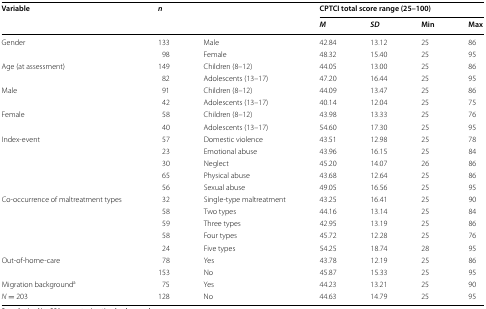
| <ROWSPAN=2> Variable | <ROWSPAN=2> n | <ROWSPAN=2>  | <COLSPAN=4> CPTCI total score range (25–100) |
 | M | SD | Min | Max |
 | --- | --- | --- | --- | --- | --- | --- |
 | Gender | 133 | Male | 42.84 | 13.12 | 25 | 86 |
 |  | 98 | Female | 48.32 | 15.40 | 25 | 95 |
 | Age (at assessment) | 149 | Children (8–12) | 44.05 | 13.00 | 25 | 86 |
 |  | 82 | Adolescents (13–17) | 47.20 | 16.44 | 25 | 95 |
 | Male | 91 | Children (8–12) | 44.09 | 13.47 | 25 | 86 |
 |  | 42 | Adolescents (13–17) | 40.14 | 12.04 | 25 | 75 |
 | Female | 58 | Children (8–12) | 43.98 | 13.33 | 25 | 76 |
 |  | 40 | Adolescents (13–17) | 54.60 | 17.30 | 25 | 95 |
 | Index-event | 57 | Domestic violence | 43.51 | 12.98 | 25 | 78 |
 |  | 23 | Emotional abuse | 43.96 | 16.15 | 25 | 84 |
 |  | 30 | Neglect | 45.20 | 14.07 | 26 | 86 |
 |  | 65 | Physical abuse | 43.68 | 12.64 | 25 | 86 |
 |  | 56 | Sexual abuse | 49.05 | 16.56 | 25 | 95 |
 | <ROWSPAN=5> Co-occurrence of maltreatment types | 32 | Single-type maltreatment | 43.25 | 16.41 | 25 | 90 |
 | 58 | Two types | 44.16 | 13.14 | 25 | 84 |
 | 59 | Three types | 42.95 | 13.19 | 25 | 86 |
 | 58 | Four types | 45.72 | 12.28 | 25 | 76 |
 | 24 | Five types | 54.25 | 18.74 | 28 | 95 |
 | Out-of-home-care | 78 | Yes | 43.78 | 12.19 | 25 | 86 |
 |  | 153 | No | 45.87 | 15.33 | 25 | 95 |
 | Migration backgrounda | 75 | Yes | 44.23 | 13.21 | 25 | 90 |
 | N = 203 | 128 | No | 44.63 | 14.79 | 25 | 95 |